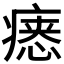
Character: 𪽷